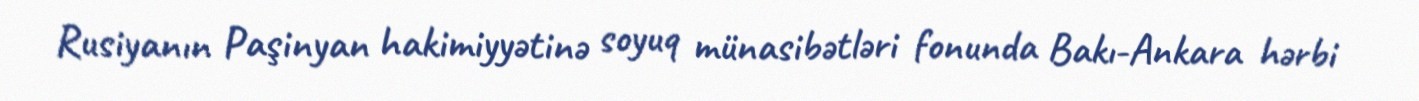
Rusiyanın Paşinyan hakimiyyətinə soyuq münasibətləri fonunda Bakı-Ankara hərbi